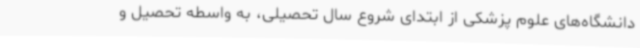
دانشگاه‌های علوم پزشکی از ابتدای شروع سال تحصیلی، به واسطه تحصیل و